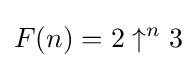
F(n)=2\uparrow ^{n}3